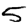
Digit: 5